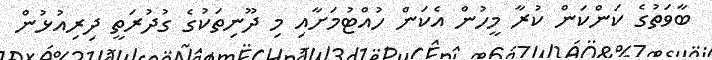
ބާވަތުގެ ކަންކަން ކުރާ މީހުން އެކަން ހުއްޓުމަށާއި މި ދޫނިތަކުގެ ގުދުރަތީ ދިރިއުޅުން